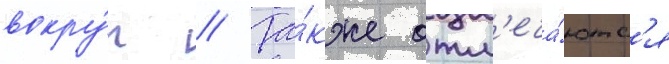
вокру́г // Та́кже отм'еча́ютс'я